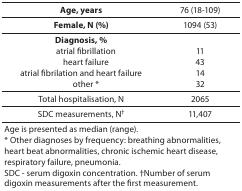
<table><thead><tr><td><b>Age, years</b></td><td><b>76 (18-109)</b></td></tr></thead><tbody><tr><td><b>Female, N (%)</b></td><td>1094 (53)</td></tr><tr><td><b>Diagnosis, %</b>atrial fibrillationheart failureatrial fibrilation and heart failureother *</td><td>11431432</td></tr><tr><td>Total hospitalisation, N</td><td>2065</td></tr><tr><td>SDC measurements, N<sup>†</sup></td><td>11,407</td></tr><tr><td colspan="2">Age is presented as median (range).* Other diagnoses by frequency: breathing abnormalities, heart beat abnormalities, chronic ischemic heart disease, respiratory failure, pneumonia.SDC - serum digoxin concentration. †Number of serum digoxin measurements after the first measurement.</td></tr></tbody></table>